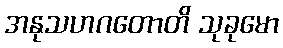
အနုသဟဂတောတိ သုခုမော